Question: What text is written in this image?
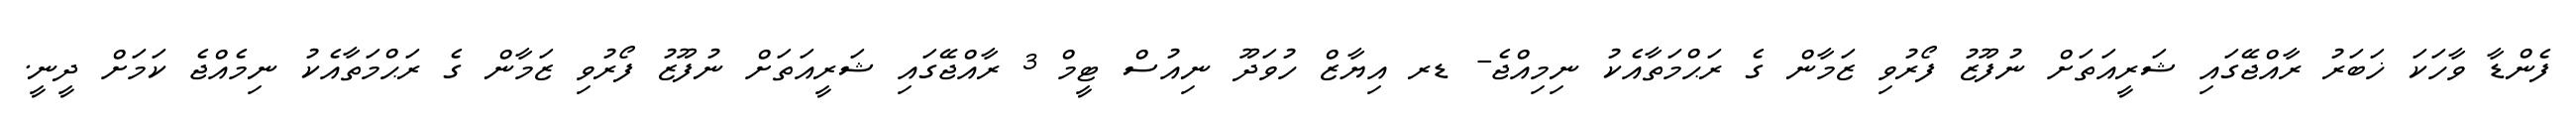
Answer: ފެންޑާ ވާހަކަ ޚަބަރު ރާއްޖޭގައި ޝަރީއަތަށް ނުފޫޒު ފޯރުވި ޒަމާން ގެ ރަޙްމަތާއެކު ނިމިއްޖެ- ޑރ އިޔާޒް ހުވަދޫ ނިއުސް ޓީމް 3 ރާއްޖޭގައި ޝަރީއަތަށް ނުފޫޒު ފޯރުވި ޒަމާން ގެ ރަޙްމަތާއެކު ނިމެއްޖެ ކަމަށް ދީނީ.